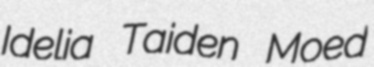
Idelia Taiden Moed